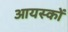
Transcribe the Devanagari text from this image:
आयस्कों